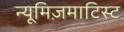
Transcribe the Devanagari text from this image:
न्यूमिज़माटिस्ट